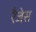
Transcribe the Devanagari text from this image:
रैजेस